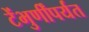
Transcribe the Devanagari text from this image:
टेंभुर्णींपर्यंत